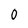
Character: 0